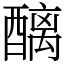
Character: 醨